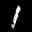
Label: 1